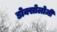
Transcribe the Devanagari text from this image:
डोक्सोलोज़ी